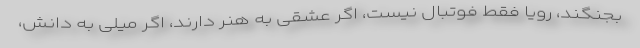
بجنگند، رویا فقط فوتبال نیست، اگر عشقی به هنر دارند، اگر میلی به دانش،